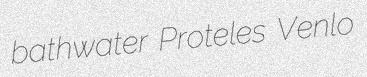
bathwater Proteles Venlo